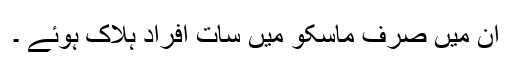
ان میں صرف ماسکو میں سات افراد ہلاک ہوئے ۔